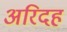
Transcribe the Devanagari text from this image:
अरिदह